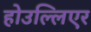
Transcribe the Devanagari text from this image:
होउल्लिएर